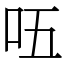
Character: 㕶